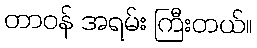
တာဝန် အရမ်း ကြီးတယ်။